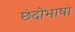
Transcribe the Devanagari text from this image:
छंदोभाषा